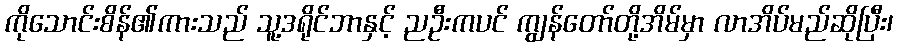
ကိုသောင်းစိန်၏ကားသည် သူ့ဒရိုင်ဘာနှင့် ညဦးကပင် ကျွန်တော်တို့အိမ်မှာ လာအိပ်မည်ဆိုပြီး၊